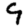
Digit: 9